Bréfritari: Ragnheiður Daníelsdóttir
Viðtakandi: Daníel Halldórsson
Dagsetning: A-1886-09-23
Skrifað á: Reykjavík  Gull.
Ragnheiður var dóttir Daníels

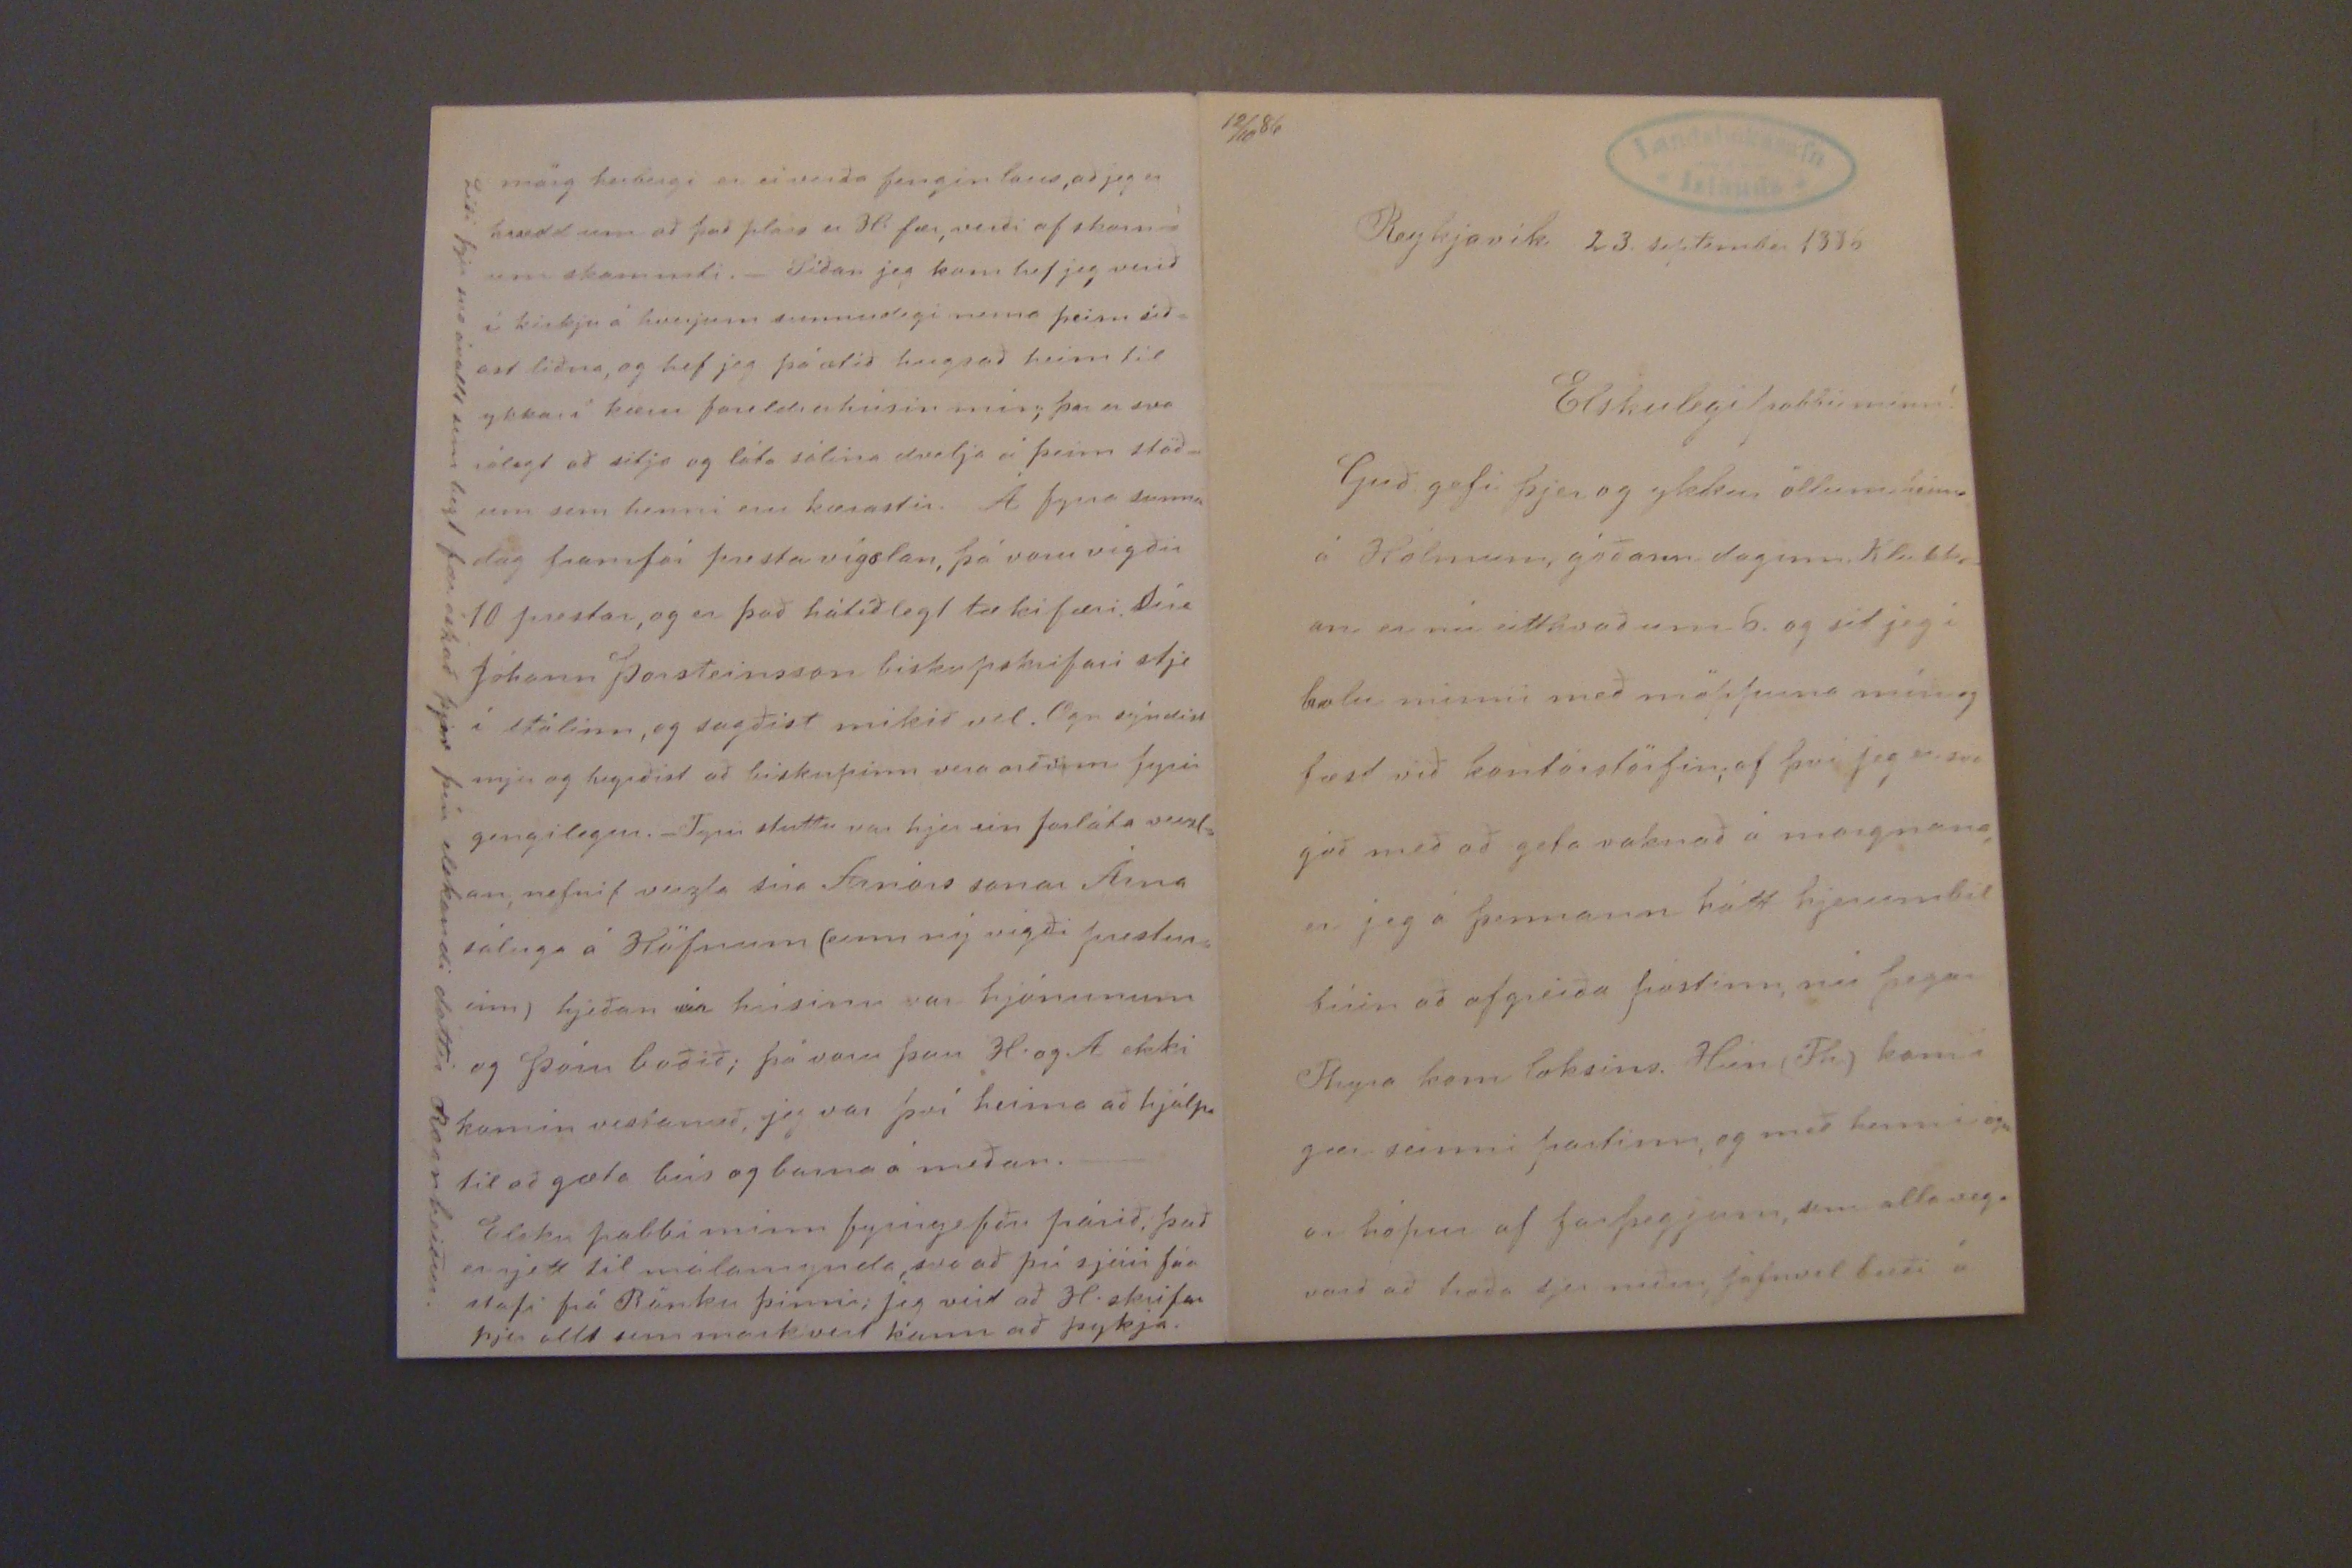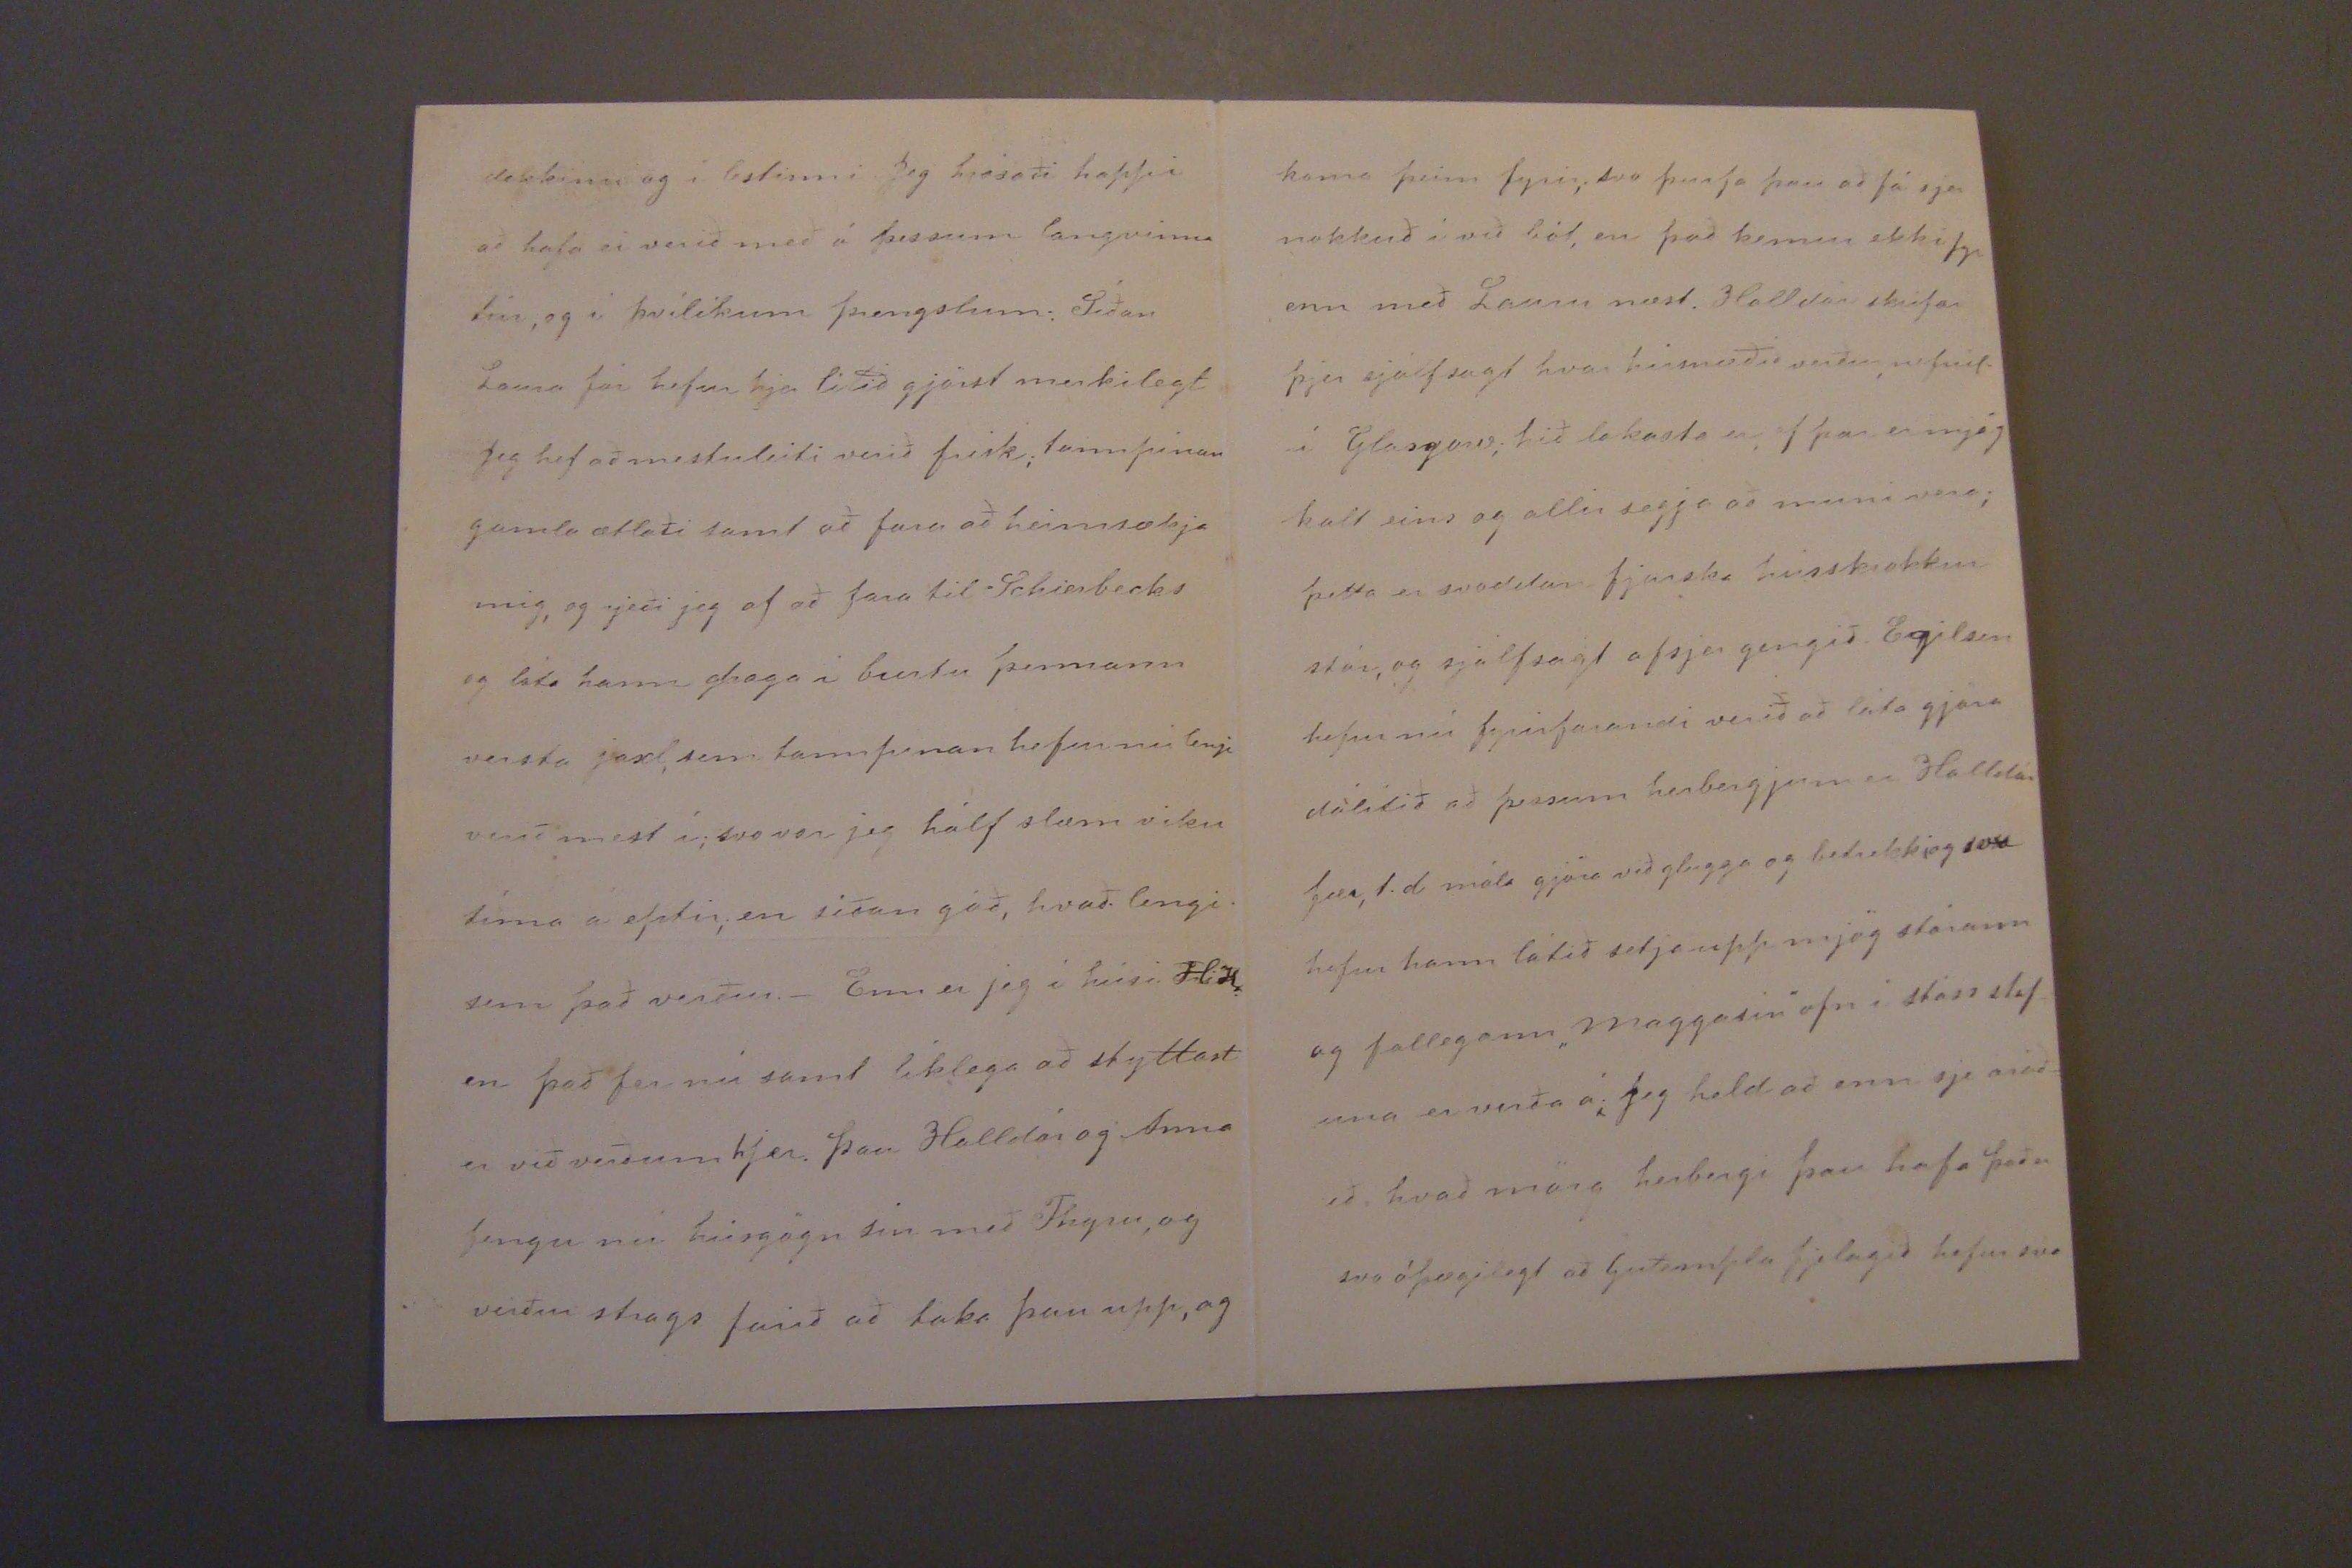

12/10 86
Reykjavík 23. september 1886
Elskulegi pabbi minn!
Guð gefi þjer og ykkur öllum heima á Hólmum, góðann daginn. Klukk_ an, er nú eitthvað um 6. og sit jeg í holu minni með möppuna mín og fæst við kontórstörfin; af því jeg er svo góð með að geta vaknað á morgnana, er jeg á þennann hátt hjerumbil búin að afgreiða postinn, nu þegar Thyra kom loksins. Hún (Th) kom í gær seinni partinn, og með henni ógn ar hópur af farþegjum, um alla vegi varð að troða sjer niðu, jafnvel bæði á
dekkinu og í lestinni. Jeg hrósaði happi að hafa ei verið með á þessum langvinna túr, og í þvílíkum þrengslum: Síðan Laura fór hefur hjer lítið gjörst merkilegt Jeg hef að mestu leiti verið frisk; tannpinan gamla ætlaði samt að fara að heimsækja mig, og rjeði jeg af að fara til Schierbecks og láta hann draga í burtu þennann versta jaxl, sem tannpinan hefur nú lengi verið mest í; svo var jeg hálf slæm viku tíma á eptir; en síðan góð, hvað lengi sem það verður._ Enn er jeg í húsi H:H. en það fer nú samt líklega að styttast en við verðum hjer. Þau Halldór og Anna fengu nú húsgögn sin með Thyru, og verður strags farið að taka þau upp, og
koma þeim fyrir; svo þurfa þau að fá sjer nokkuð í við bót, en það kemur ekki fyr enn með Lauru næst. Halldór skrifar þjer sjálfsagt hvar húsnæðið verður, nefnil. í Glasgow; hið lakasta er, ef þar er mjög kalt eins og allir segja að muni vera; þetta er svoddan fjarska h
ins k0okk00
stór, og sjálfsagt afsjer gengið. Egilson hefur nú fyrirfarandi verið að láta gjöra dálítið að þessum herbergjum er Halldór fær, t.d mála gjöra við glugga og betrekkjog svo hefur hann látið setja upp mjög stórann og fallegann "maggasín"ofn í stáss stof- una er verða á; Jeg held að enn sje óráð= ið, hvað mörg herbergi þau hafa það er svo óþægilegt að Guð
0mpla
fjelagið hefur svo
mörg herbergi er ei verða fengin laus, að jeg er hrædd um að það pláss er H fær, verði af skorn= um skammti._ Síðan jeg kom hef jeg verið í kirkju á hverjum sunnudegi nema þeim síð= ast liðna, og hef jeg þó ætíð hugsað heim til ykkar í kæru foreldrahúsin mín; þar er svo rólegt að sitja og láta sálina dvelja á þeim stöð= um sem henni eru kærastir. Á fyrra sumar dag framfór prestavígslan, þá voru vígðir 10 prestar, og er það hátíðlegt tækifæri Séra Jóhann Þorsteinsson biskupskrifari stje í stólinn, og sagðist mikið vel. Ögn sýndist mjer og heyrðist að biskupinn vera orðinn fyrir gengilegur._ Fyrir stuttu var hjer ein forláta
veizl= an,
nefnil veizla sér Arnórs sonar Árna sáluga á Höfnum (einn ný vígði prestur= inn) hjeðan úr húsinu var hjónunum og þeím boðið þá voru þau H. og A ekki komin vestanað, jeg var því heima að hjálpa til að gæta hús og barna á meðan._ Elsku pabbi minn fyrirgefðu párið, það er rjett til málamynda, svo að þú sjáir
hús
stafi frá Ránku þinni, jeg veit að H. skrifar þjer allt sem markvert kanna að þykja.
Líði þjer svo ávallt sem bezt fær óskað þjer þín elskandi dóttir Ragnheiður.